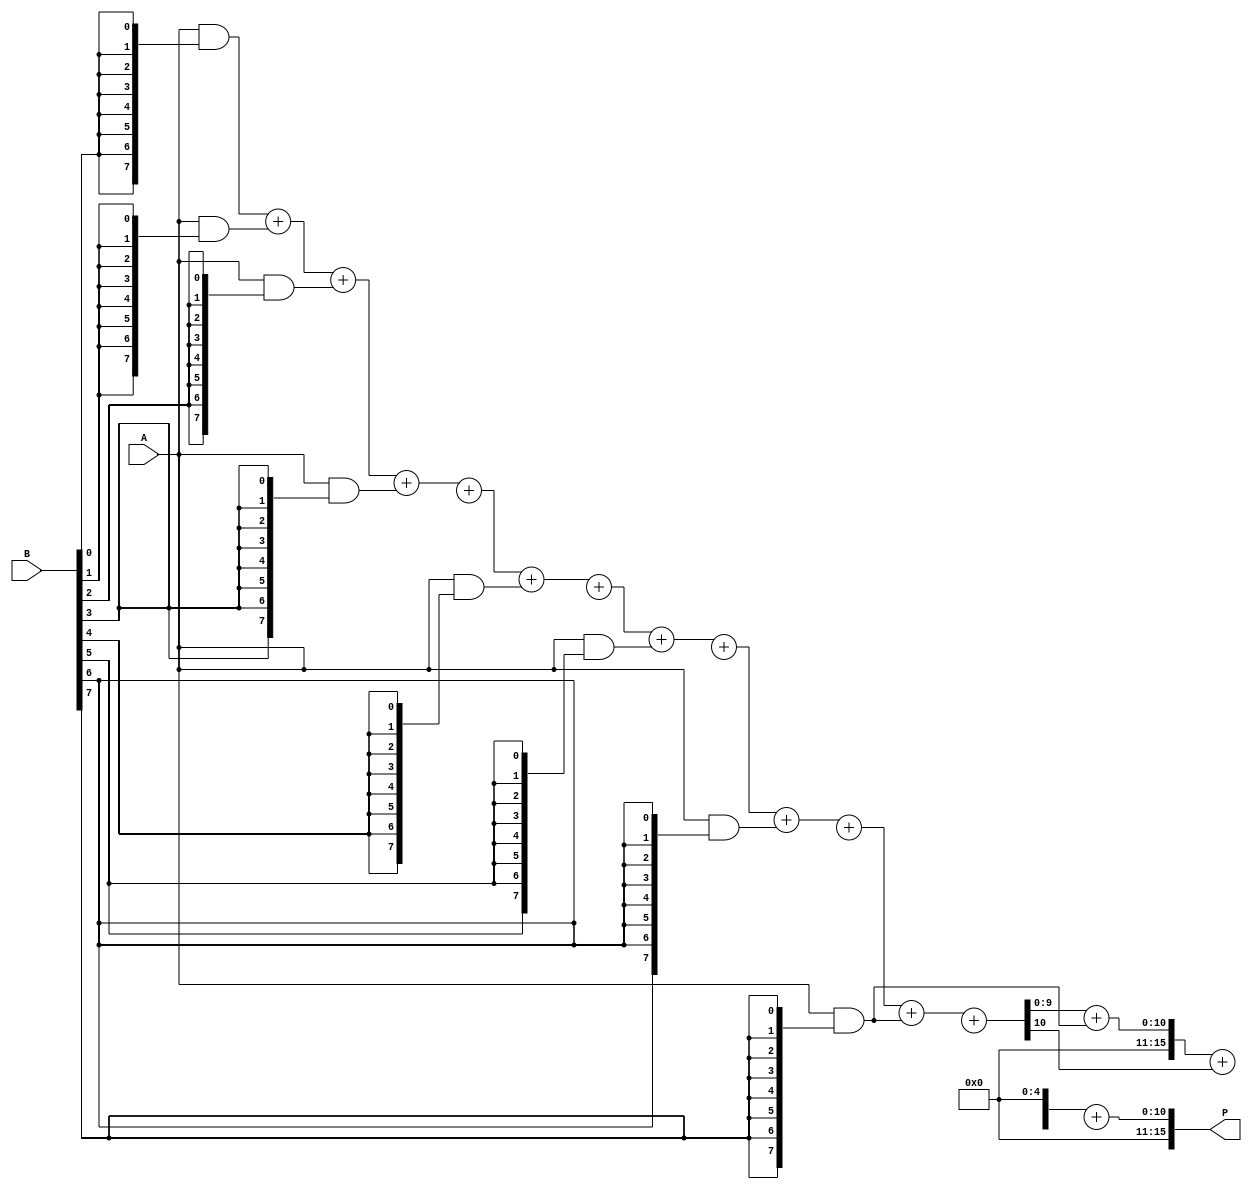
module WallaceTreeMultiplier #(parameter N = 8) (
    input [N-1:0] A,
    input [N-1:0] B,
    output reg [2*N-1:0] P
);

// Internal wires
wire [N-1:0] partial_product [0:N-1];
wire [N+1:0] sum [0:N-2]; // Sum and carry from the adders
wire [N-1:0] carry  [0:N-2];

// Generate Partial Products
genvar i, j;
generate
    for (i = 0; i < N; i = i + 1) begin: PP_GENERATION
        assign partial_product[i] = A & {N{B[i]}};
    end
endgenerate

// Reduction stages (Wallace Tree)
generate
    for (i = 0; i < N - 1; i = i + 1) begin: REDUCTION_STAGE
        if (i == 0) begin
            // First stage: directly sum the first three partial products
            assign {carry[i][0], sum[i]} = partial_product[0] + partial_product[1] + partial_product[2];
        end else if (i > 0 && i < N - 2) begin
            // Subsequent stages
            assign {carry[i][0], sum[i]} = sum[i-1] + partial_product[i + 2] + carry[i - 1][N-i-2];
        end else if (i == N - 2) begin
            // For the last stage
            assign P[2*N-1:0] = sum[i - 1] + partial_product[N-1] + carry[i - 1][0];
        end
    end
endgenerate

// Final stage: Combine two last sums
always @(*) begin
    // Output the final product
    P = sum[N-2] + carry[N-2][0];
end

endmodule